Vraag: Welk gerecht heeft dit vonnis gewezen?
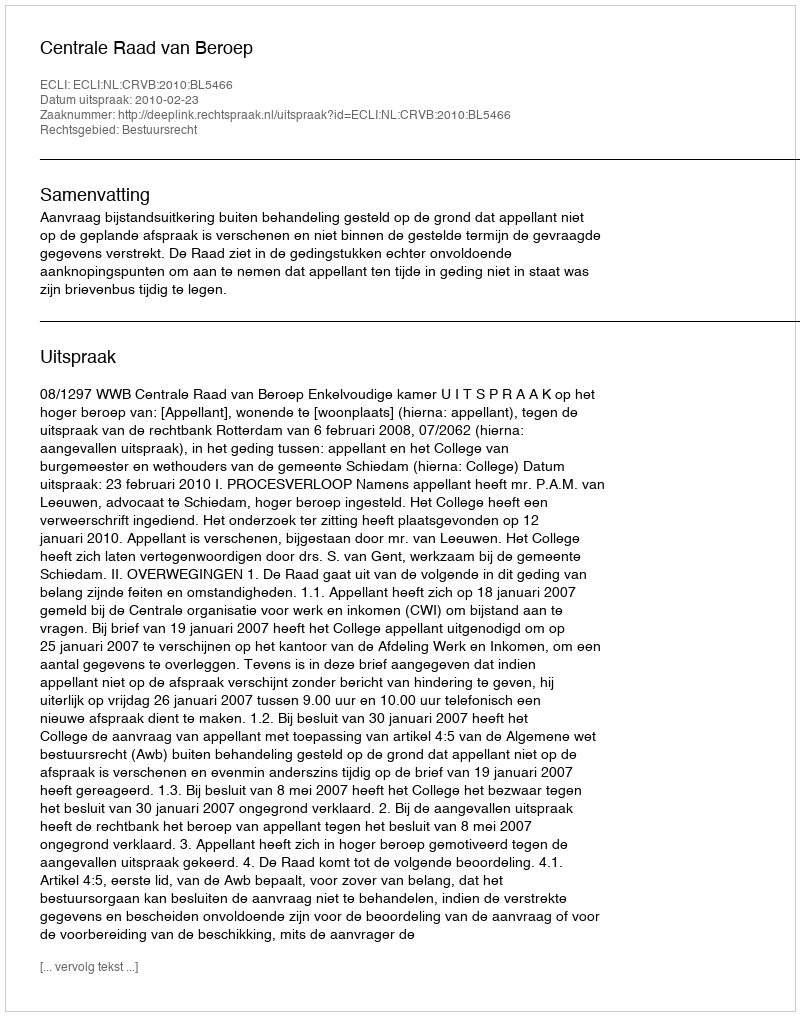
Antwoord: Centrale Raad van Beroep